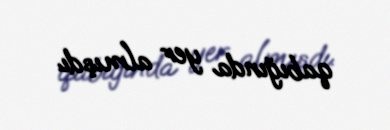
qabığında yer almışdı.